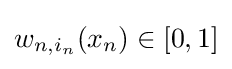
w_{n,i_{n}}(x_{n})\in [0,1]